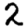
Digit: 2